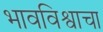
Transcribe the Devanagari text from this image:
भावविश्वाचा